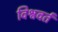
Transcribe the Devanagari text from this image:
विश्ववर्त